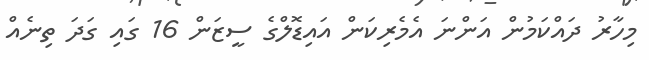
މިހާރު ދައްކަމުން އަންނަ އެމެރިކަން އައިޑޮލްގެ ސީޒަން 16 ގައި ގަދަ ތިނެއް